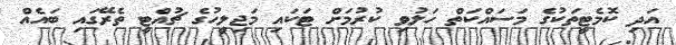
އަދި ކޮމެޓީތަކުގެ މަސައްކަތް ހަލުވި ކުރުމަށް ޓަކައި މަޖިލީހުގެ ޗުއްޓީ ތެރޭގައި ބައެއް